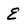
Character: E